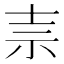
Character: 𰧭